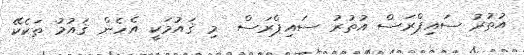
އުތުރު ސައިޕްރަސް އުތުރު ސައިޕްރަސް  މި ޤައުމަކީ އެހެން ޤައުމު ތަކެކޭ